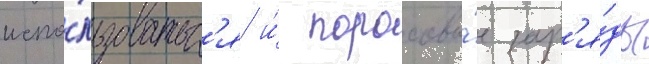
испо́льзоватьс'я и́ пороховы́е зар'я́ды